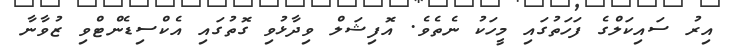
އިރު ސައިކަލްގެ ފަހަތުގައި މީހަކު ނެތެވެ. އޮފިޝަލް ވިދާޅުވި ގޮތުގައި އެކްސިޑެންޓްވި ޒުވާނާ